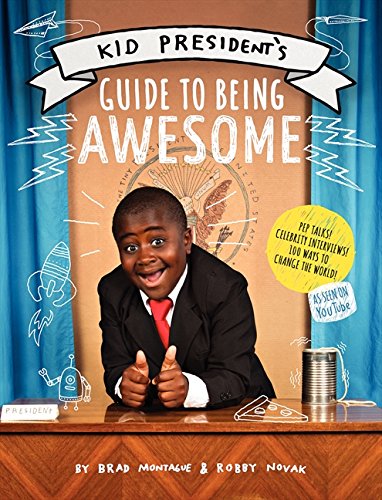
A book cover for Kid President's Guide to Being Awesome; Robby Novak; Children's Books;